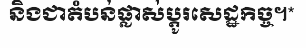
និងជាតំបន់ផ្លាស់ប្តូរសេដ្ឋកិច្ច។*